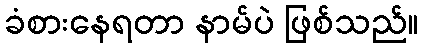
ခံစားနေရတာ နာမ်ပဲ ဖြစ်သည်။